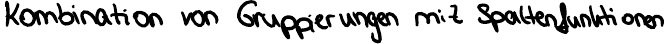
Kombination von Gruppierungen mit Spaltenfunktionen